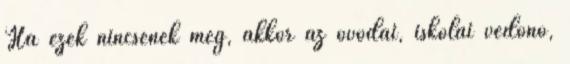
Ha ezek nincsenek meg, akkor az óvodai, iskolai védőnő,